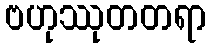
ဗဟုဿုတတရာ